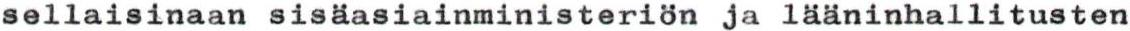
sellaisinaan sisäasiainministeriön ja lääninhallitusten